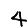
Digit: 4